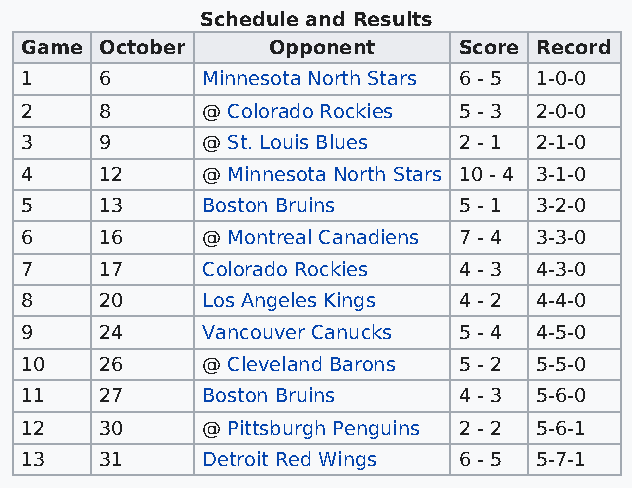
Schedule and Results
 Game  October    Opponent    Score Record
 1     6     Minnesota North Stars 6 - 5 1-0-0
 2     8     @ Colorado Rockies 5 - 3 2-0-0
 3     9     @ St. Louis Blues 2 - 1 2-1-0
 4     12    @ Minnesota North Stars 10 - 4 3-1-0
 5     13    Boston Bruins    5 - 1 3-2-0
 6     16    @ Montreal Canadiens 7 - 4 3-3-0
 7     17    Colorado Rockies 4 - 3 4-3-0
 8     20    Los Angeles Kings 4 - 2 4-4-0
 9     24    Vancouver Canucks 5 - 4 4-5-0
 10    26    @ Cleveland Barons 5 - 2 5-5-0
 11    27    Boston Bruins    4 - 3 5-6-0
 12    30    @ Pittsburgh Penguins 2 - 2 5-6-1
 13    31    Detroit Red Wings 6 - 5 5-7-1